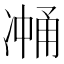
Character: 𰄉